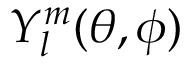
Y _ { l } ^ { m } ( \theta , \phi )